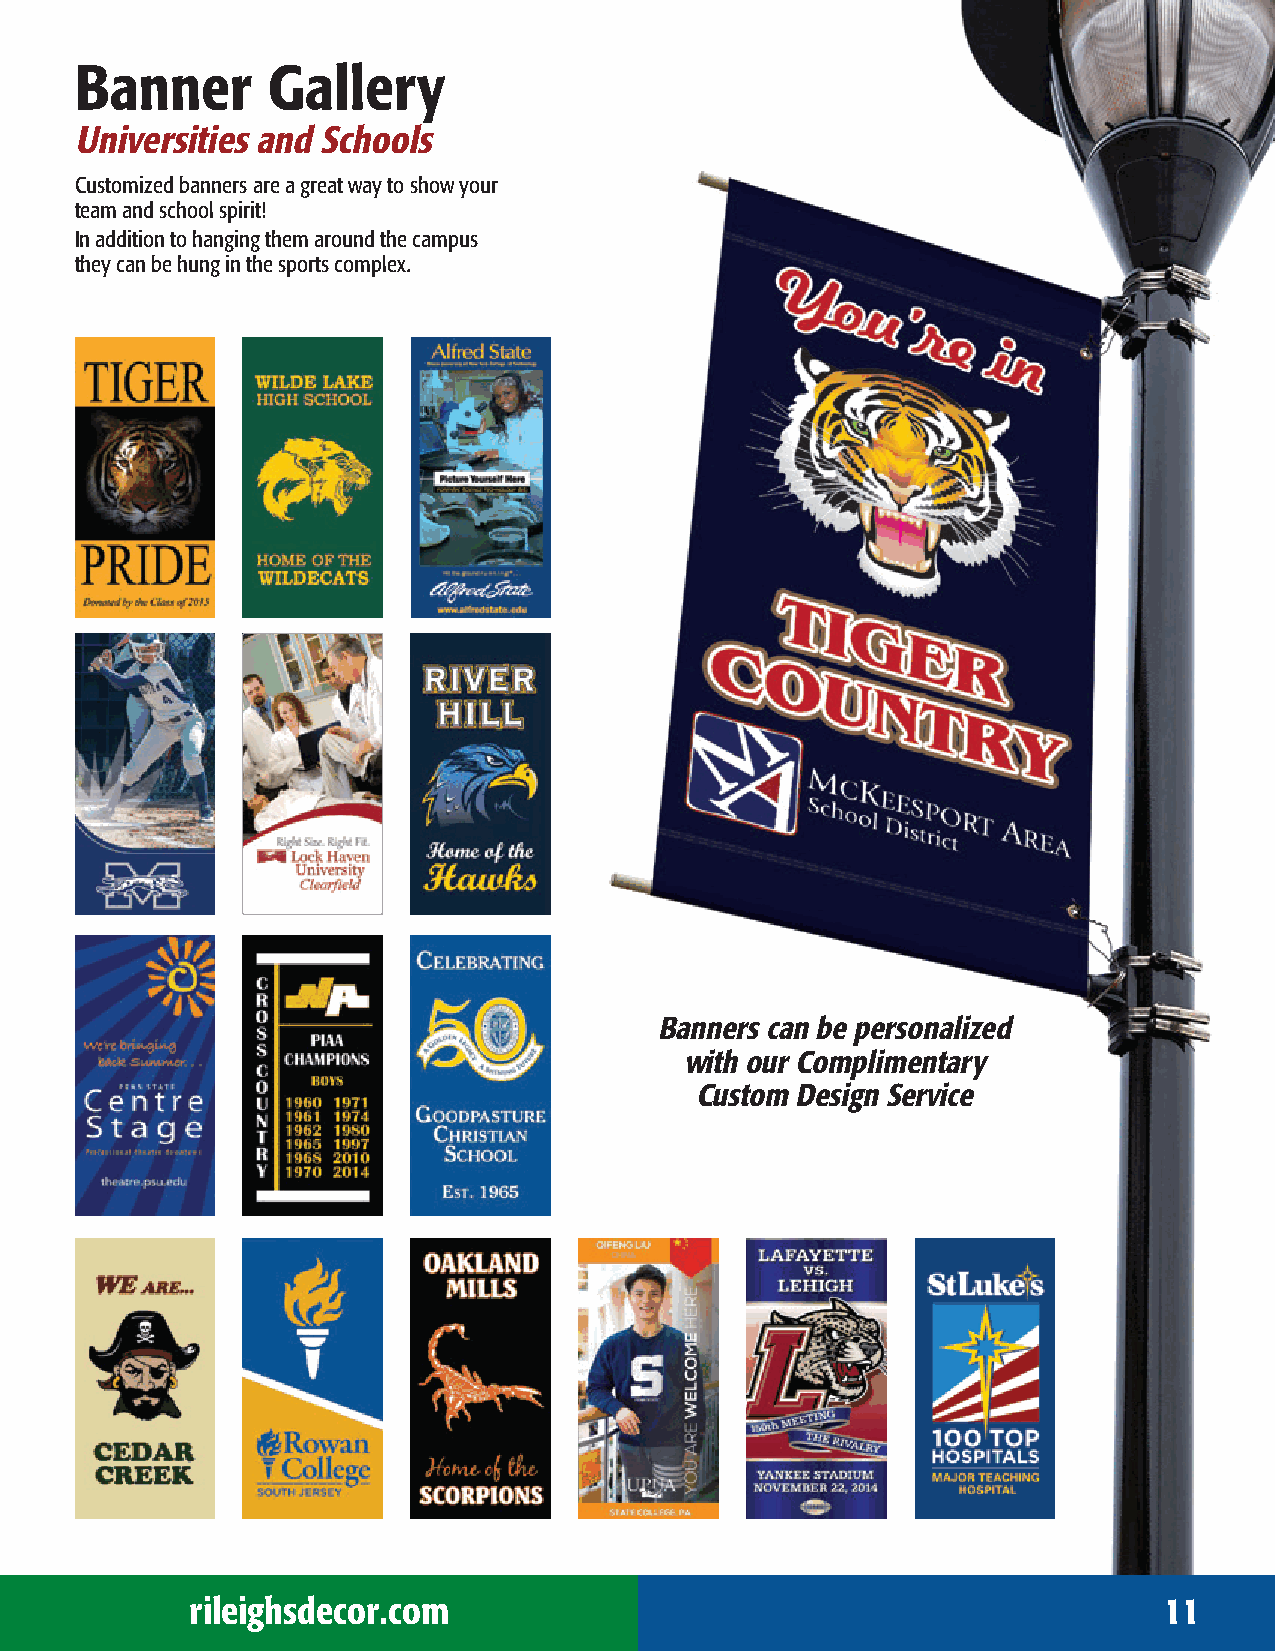
Banner       Gallery
 Universities and Schools
 Customized banners are a great way to show your
 team and school spirit!
 In addition to hanging them around the campus
 they can be hung in the sports complex.
 Banners can be personalized
 with our Complimentary
 Custom Design Service
 rileighsdecor.com                                               11